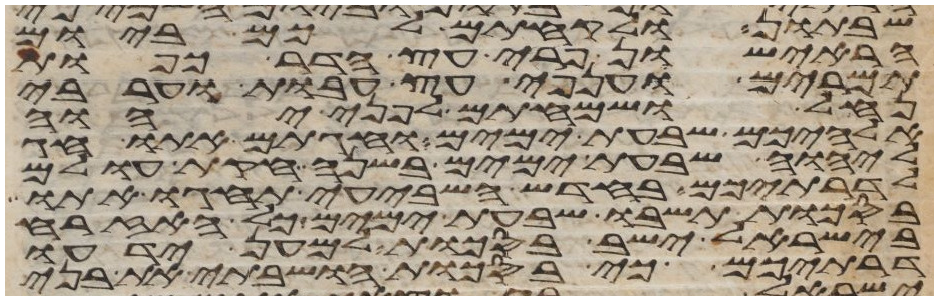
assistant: שבתון ולקחתם לכם ביום
הראישון פרי עץ הדר כפות
תמרים וענפי עץ עבות וערבי
נחל ושמחתם לפני יהוה
אלהיכם שבעת ימים וחגתם אתו חג
ליהוה שבעת ימים בשנה חקות עולם
לדרתיכם בחדש השביעי תחגו אתו
בסכות תשבו שבעת ימים כל האזרח
בישראל ישב בסכות למען ידעו
דרתיכם כי בסכות הושבתי את בני